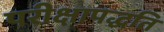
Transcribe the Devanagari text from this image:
परीक्षापद्धति